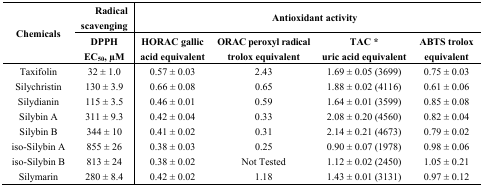
<table><thead><tr><td rowspan="2"><b>Chemicals</b></td><td><b>Radical scavenging</b></td><td colspan="4"><b>Antioxidant activity</b></td></tr><tr><td><b>DPPH EC<sub>50</sub>, μM</b></td><td><b>HORAC gallic acid equivalent</b></td><td><b>ORAC peroxyl radical trolox equivalent</b></td><td><b>TAC * uric acid equivalent</b></td><td><b>ABTS trolox equivalent</b></td></tr></thead><tbody><tr><td>Taxifolin</td><td>32 ± 1.0</td><td>0.57 ± 0.03</td><td>2.43</td><td>1.69 ± 0.05 (3699)</td><td>0.75 ± 0.03</td></tr><tr><td>Silychristin</td><td>130 ± 3.9</td><td>0.66 ± 0.08</td><td>0.65</td><td>1.88 ± 0.02 (4116)</td><td>0.61 ± 0.06</td></tr><tr><td>Silydianin</td><td>115 ± 3.5</td><td>0.46 ± 0.01</td><td>0.59</td><td>1.64 ± 0.01 (3599)</td><td>0.85 ± 0.08</td></tr><tr><td>Silybin A</td><td>311 ± 9.3</td><td>0.42 ± 0.04</td><td>0.33</td><td>2.08 ± 0.20 (4560)</td><td>0.82 ± 0.04</td></tr><tr><td>Silybin B</td><td>344 ± 10</td><td>0.41 ± 0.02</td><td>0.31</td><td>2.14 ± 0.21 (4673)</td><td>0.79 ± 0.02</td></tr><tr><td>iso-Silybin A</td><td>855 ± 26</td><td>0.38 ± 0.03</td><td>0.25</td><td>0.90 ± 0.07 (1978)</td><td>0.98 ± 0.06</td></tr><tr><td>iso-Silybin B</td><td>813 ± 24</td><td>0.38 ± 0.02</td><td>Not Tested</td><td>1.12 ± 0.02 (2450)</td><td>1.05 ± 0.21</td></tr><tr><td>Silymarin</td><td>280 ± 8.4</td><td>0.42 ± 0.02</td><td>1.18</td><td>1.43 ± 0.01 (3131)</td><td>0.97 ± 0.12</td></tr></tbody></table>